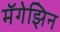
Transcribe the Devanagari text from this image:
मॅगेझिन